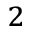
^ { 2 }